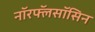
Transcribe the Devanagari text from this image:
नॉरफ्लॅसॉसिन